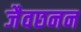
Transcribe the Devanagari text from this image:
जैवछनन